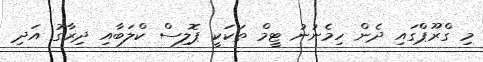
މި ގްރޫޕްގައި ދެން ހިމެނުނު ޓީމް ތަކަކީ ޕޮލިސް ކްލަބާއި ދިރާގު އަދި